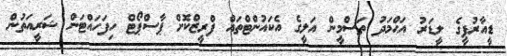
ޑީއާރުޕީގެ ލީޑަރު އަޙްމަދު ތަސްމީން އަލީގެ އެކައުންޓްތައް ފްރީޒްކޮށް ޕާސްޕޯޓް ހިފަހައްޓަން ޝަރީއަތުން